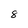
Character: 8